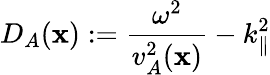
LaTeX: D_{A}(\mathbf{x}):=\frac{{\omega^{2}}}{{v_{A}^{2}(\mathbf{x})}}-k_{\parallel}^{2}